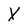
Character: X